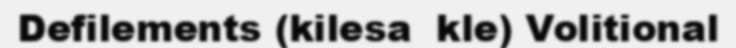
Defilements (kilesa  kle) Volitional